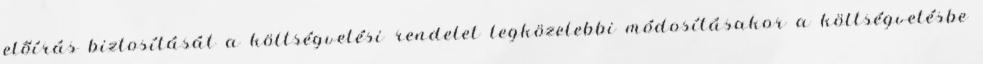
előírás biztosítását a költségvetési rendelet legközelebbi módosításakor a költségvetésbe